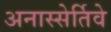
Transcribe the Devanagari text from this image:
अनास्सेर्तिवे